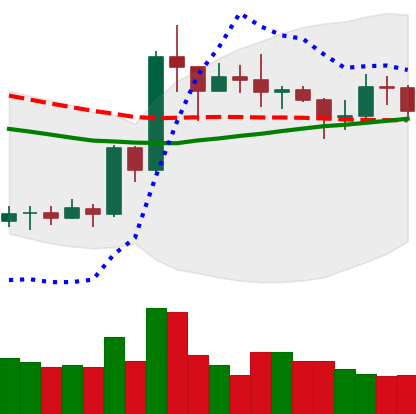
Ticker: XRP-USD
Chart end date: 2020-07-20
Forward return: 9.759%
Label: up_7plus